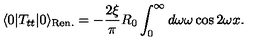
\langle 0 | T _ { t t } | 0 \rangle _ { \mathrm { \tiny R e n . } } = - { \frac { 2 \xi } { \pi } } R _ { 0 } \int _ { 0 } ^ { \infty } d \omega \omega \cos { 2 \omega x } .